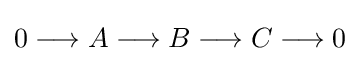
0\longrightarrow A\longrightarrow B\longrightarrow C\longrightarrow 0